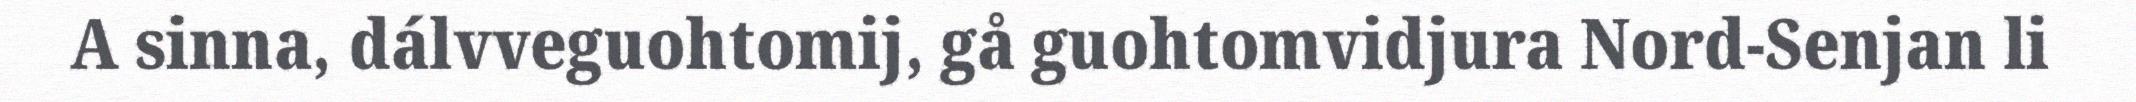
A sinna, dálvveguohtomij, gå guohtomvidjura Nord-Senjan li